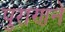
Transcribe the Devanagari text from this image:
पुराणने